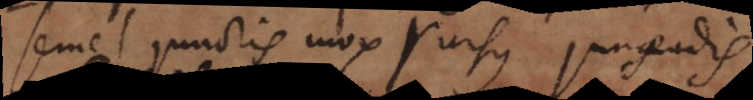
semel junctis, mox rursus jungendis.